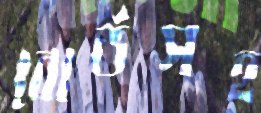
বোর্ডসহ